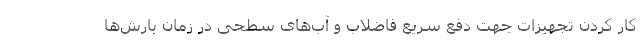
کار کردن تجهیزات جهت دفع سریع فاضلاب و آب‌های سطحی در زمان بارش‌ها